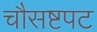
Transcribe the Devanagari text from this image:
चौसष्टपट